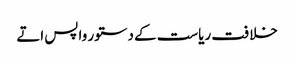
خلافت ریاست کے دستور واپس اتے